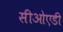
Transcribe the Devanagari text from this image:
सीओएडी